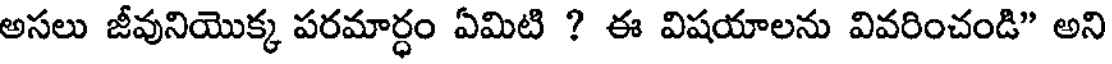
అసలు జీవునియొక్క పరమార్ధం ఏమిటి ? ఈ విషయాలను వివరించండి" అని